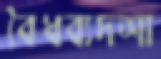
বৈধব্যদশা